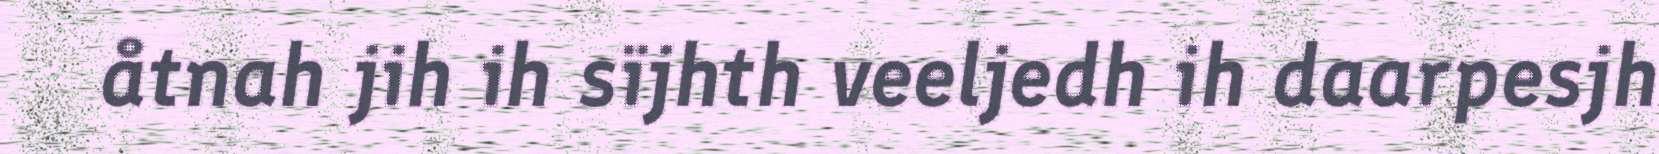
åtnah jih ih sïjhth veeljedh ih daarpesjh